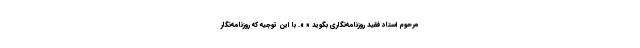
مرحوم استاد فقید روزنامه‌نگاری بگوید « ». با این توجیه که روزنامه‌نگار